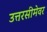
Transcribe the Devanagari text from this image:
उत्तरसीमेवर